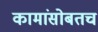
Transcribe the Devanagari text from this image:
कामांसोबतच